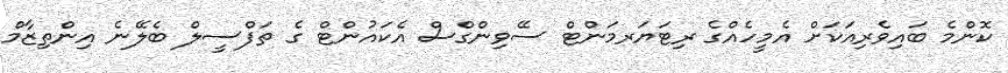
ކޮންމެ ބައިވެރިއަކަށް އެމީހެއްގެ ރިޓަޔަރމަންޓް ސޭވިންގްސް އެކައުންޓް ގެ ތަފްސީލް ބެލޭނެ އިންތިޒާމް